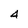
Character: 4